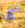
كلا